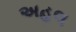
અહલ